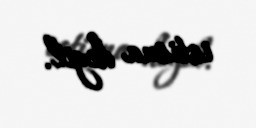
istisna deyil.